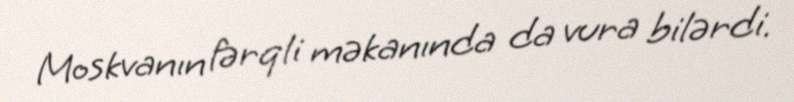
Moskvanın fərqli məkanında da vura bilərdi.